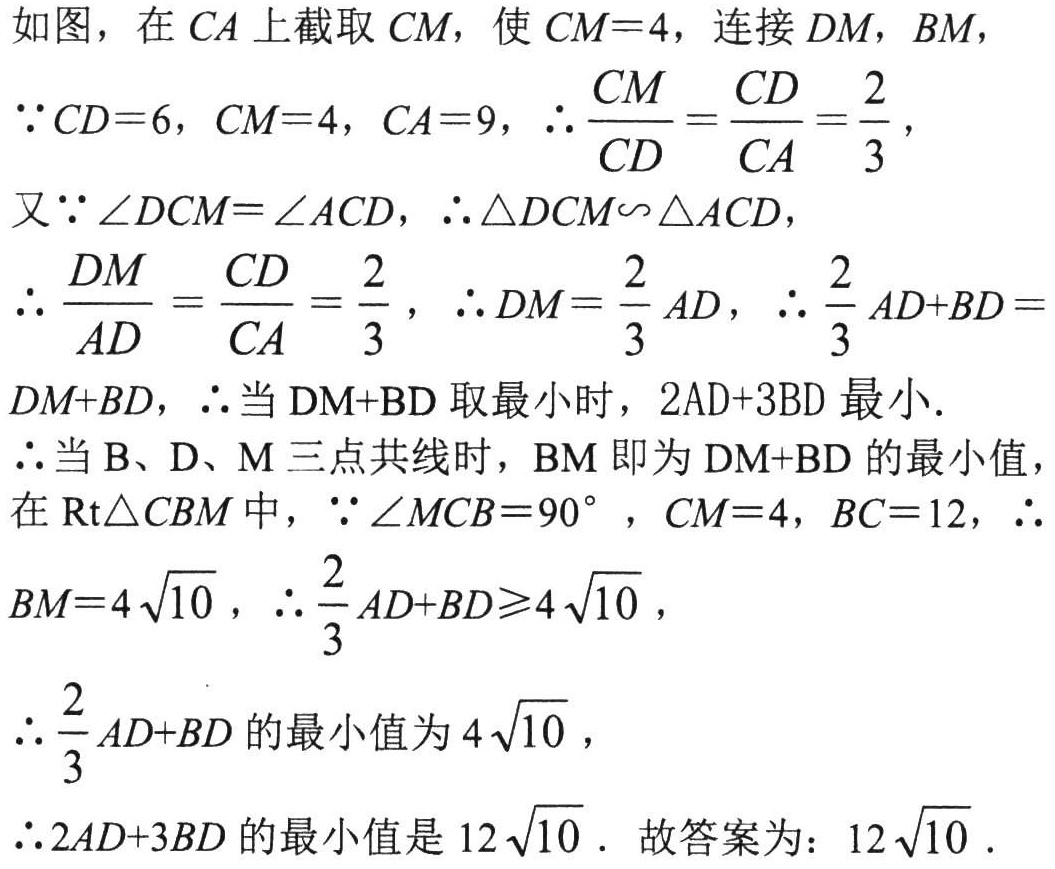
如图，在 \(CA\) 上截取 \(CM\)，使 \(CM = 4\)，连接 \(DM\)，\(BM\)，
\(\because CD = 6\)，\(CM = 4\)，\(CA = 9\)，\(\therefore\frac{CM}{CD}=\frac{CD}{CA}=\frac{2}{3}\)，
又\(\because\angle DCM=\angle ACD\)，\(\therefore\triangle DCM\sim\triangle ACD\)，
\(\therefore\frac{DM}{AD}=\frac{CD}{CA}=\frac{2}{3}\)，\(\therefore DM=\frac{2}{3}AD\)，\(\therefore\frac{2}{3}AD + BD=DM + BD\)，\(\therefore\)当 \(\text{DM+BD}\) 取最小时，\(2\text{AD}+3\text{BD}\) 最小.
\(\therefore\)当 \(\text{B、D、M}\) 三点共线时，\(\text{BM}\) 即为 \(\text{DM+BD}\) 的最小值，
在 \(\text{Rt}\triangle CBM\) 中，\(\because\angle MCB = 90^{\circ}\) ，\(CM = 4\)，\(BC = 12\)，\(\therefore BM = 4\sqrt{10}\) ，\(\therefore\frac{2}{3}AD + BD\geqslant4\sqrt{10}\) ，
\(\therefore\frac{2}{3}AD + BD\) 的最小值为 \(4\sqrt{10}\) ，
\(\therefore2AD + 3BD\) 的最小值是 \(12\sqrt{10}\) . 故答案为：\(12\sqrt{10}\) .